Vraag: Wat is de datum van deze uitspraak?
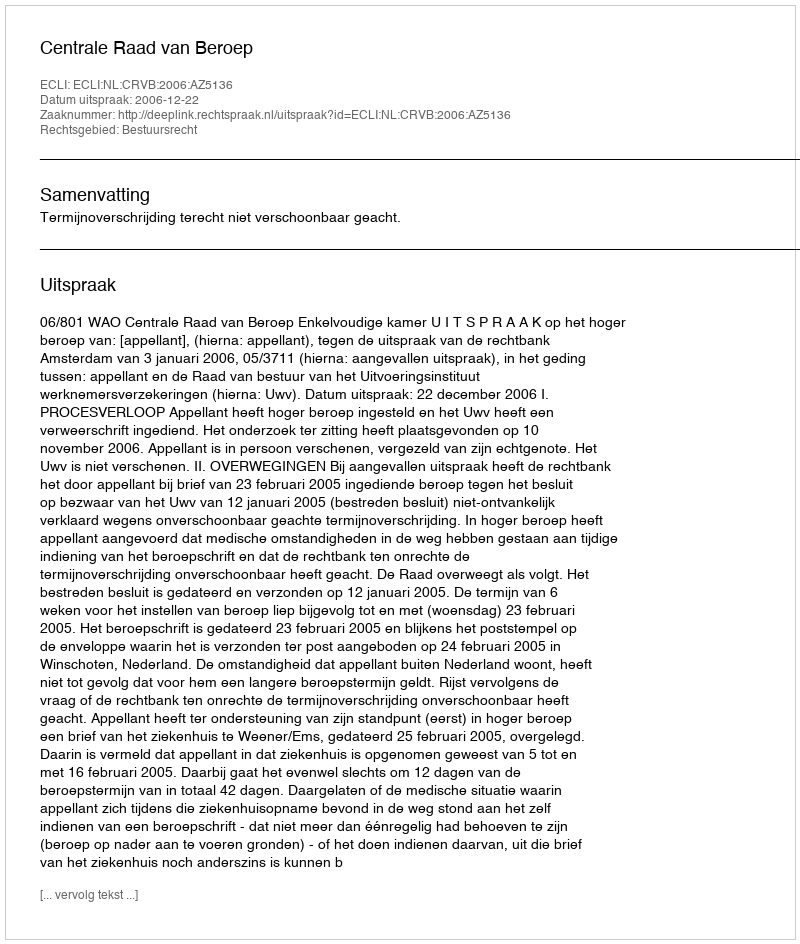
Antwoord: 2006-12-22